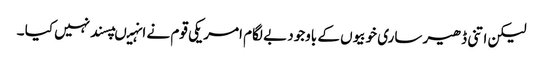
لیکن اتنی ڈھیر ساری خوبیوں کے باوجود بے لگام امریکی قوم نے انہیںپسند نہیں کیا ۔